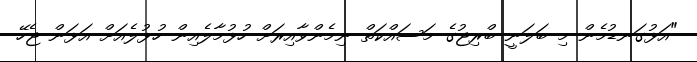
"އަޅުގަނޑުމެން މި ބަލަނީ ބްރިޖުގެ މަސައްކަތް ނިމެންވާއިރަށް ހުޅުމާލެއިން ހުޅުލެއަށް އަޅަން ޖެހޭ